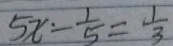
5 x - \frac { 1 } { 5 } = \frac { 1 } { 3 }